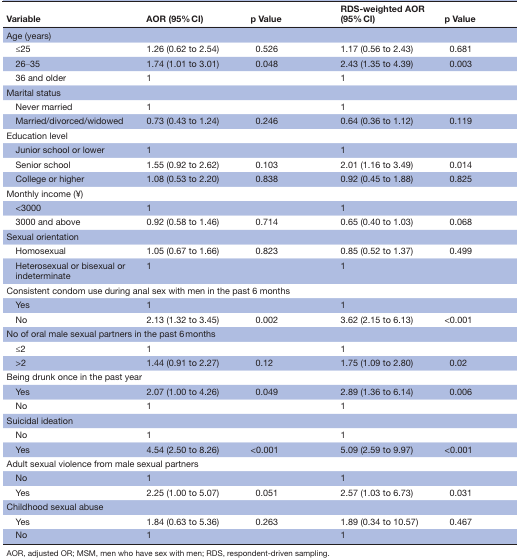
<table><thead><tr><td><b>Variable</b></td><td><b>AOR (95% CI)</b></td><td><b>p Value</b></td><td><b>RDS-weighted AOR (95% CI)</b></td><td><b>p Value</b></td></tr></thead><tbody><tr><td colspan="5">Age (years)</td></tr><tr><td> ≤25</td><td>1.26 (0.62 to 2.54)</td><td>0.526</td><td>1.17 (0.56 to 2.43)</td><td>0.681</td></tr><tr><td> 26‒35</td><td>1.74 (1.01 to 3.01)</td><td>0.048</td><td>2.43 (1.35 to 4.39)</td><td>0.003</td></tr><tr><td> 36 and older</td><td>1</td><td></td><td>1</td><td></td></tr><tr><td colspan="5">Marital status</td></tr><tr><td> Never married</td><td>1</td><td></td><td>1</td><td></td></tr><tr><td> Married/divorced/widowed</td><td>0.73 (0.43 to 1.24)</td><td>0.246</td><td>0.64 (0.36 to 1.12)</td><td>0.119</td></tr><tr><td colspan="5">Education level</td></tr><tr><td> Junior school or lower</td><td>1</td><td></td><td>1</td><td></td></tr><tr><td> Senior school</td><td>1.55 (0.92 to 2.62)</td><td>0.103</td><td>2.01 (1.16 to 3.49)</td><td>0.014</td></tr><tr><td> College or higher</td><td>1.08 (0.53 to 2.20)</td><td>0.838</td><td>0.92 (0.45 to 1.88)</td><td>0.825</td></tr><tr><td colspan="5">Monthly income (¥)</td></tr><tr><td> &lt;3000</td><td>1</td><td></td><td>1</td><td></td></tr><tr><td> 3000 and above</td><td>0.92 (0.58 to 1.46)</td><td>0.714</td><td>0.65 (0.40 to 1.03)</td><td>0.068</td></tr><tr><td colspan="5">Sexual orientation</td></tr><tr><td> Homosexual</td><td>1.05 (0.67 to 1.66)</td><td>0.823</td><td>0.85 (0.52 to 1.37)</td><td>0.499</td></tr><tr><td> Heterosexual or bisexual or indeterminate</td><td>1</td><td></td><td>1</td><td></td></tr><tr><td colspan="5">Consistent condom use during anal sex with men in the past 6 months</td></tr><tr><td> Yes</td><td>1</td><td></td><td>1</td><td></td></tr><tr><td> No</td><td>2.13 (1.32 to 3.45)</td><td>0.002</td><td>3.62 (2.15 to 6.13)</td><td>&lt;0.001</td></tr><tr><td colspan="5">No of oral male sexual partners in the past 6 months</td></tr><tr><td> ≤2</td><td>1</td><td></td><td>1</td><td></td></tr><tr><td> &gt;2</td><td>1.44 (0.91 to 2.27)</td><td>0.12</td><td>1.75 (1.09 to 2.80)</td><td>0.02</td></tr><tr><td colspan="5">Being drunk once in the past year</td></tr><tr><td> Yes</td><td>2.07 (1.00 to 4.26)</td><td>0.049</td><td>2.89 (1.36 to 6.14)</td><td>0.006</td></tr><tr><td> No</td><td>1</td><td></td><td>1</td><td></td></tr><tr><td colspan="5">Suicidal ideation</td></tr><tr><td> No</td><td>1</td><td></td><td>1</td><td></td></tr><tr><td> Yes</td><td>4.54 (2.50 to 8.26)</td><td>&lt;0.001</td><td>5.09 (2.59 to 9.97)</td><td>&lt;0.001</td></tr><tr><td colspan="3">Adult sexual violence from male sexual partners</td><td></td><td></td></tr><tr><td> No</td><td>1</td><td></td><td>1</td><td></td></tr><tr><td> Yes</td><td>2.25 (1.00 to 5.07)</td><td>0.051</td><td>2.57 (1.03 to 6.73)</td><td>0.031</td></tr><tr><td colspan="5">Childhood sexual abuse</td></tr><tr><td> Yes</td><td>1.84 (0.63 to 5.36)</td><td>0.263</td><td>1.89 (0.34 to 10.57)</td><td>0.467</td></tr><tr><td> No</td><td>1</td><td></td><td>1</td><td></td></tr></tbody></table>